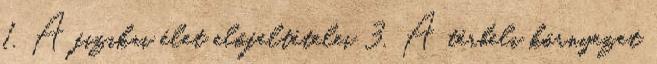
1. A fizikai élet előfeltételei 3. A térbeli környezet